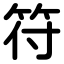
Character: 符